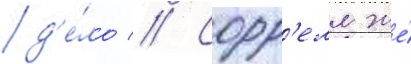
д'е́ло // Сорр'елл же́